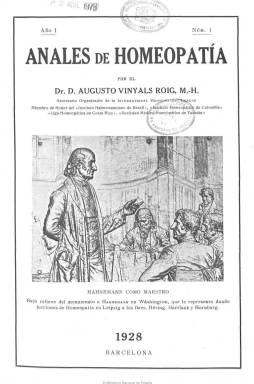
Título: Anales de homeopatía
Colección: Homeopatía
Ámbito geográfico: Barcelona
Lugar de publicación: Barcelona
Fechas: 01/01/1928-31/12/1928

Publicación del doctor homeópata Augusto Vinyals Roig (1886-1951) en la que el autor ofrece la reseña de los congresos homeópatas celebrados en 1928 en Stuttgart, México y el organizado en Madrid por el Instituto Homeopático y Hospital de San José, con inclusión de algunas conferencias, como la redactada por el propio Vinyals. Es un impreso de 34 páginas, con una grabado en su portada, que reproduce la imagen del fundador de esta disciplina –Samuel Hahmenann (1755-1843)- en Washington, y una fotografía con los asistentes al congreso de Stuttgart. Su autor, secretario de la International Homeopathic League, no debió publicar más entregas de este título, pues se considera predecesor de la revista El sol de Meissen, que editó desde 1928 a 1936 en la misma ciudad de Barcelona, y que se puede consultar también en esta Hemeroteca Digital de la BNE.